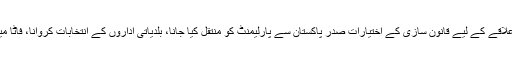
جن گیارہ اصلاحات پر اتفاق کیا گیا، اُن میں فاٹا میں امن قائم کرنا، علاقے کے لیے قانون سازی کے اختیارات صدر پاکستان سے پارلیمنٹ کو منتقل کیا جانا، بلدیاتی اداروں کے انتخابات کروانا، فاٹا میں عدلیہ اور انتظامیہ کے اختیارات کو الگ الگ کرنا بھی شامل ہے۔